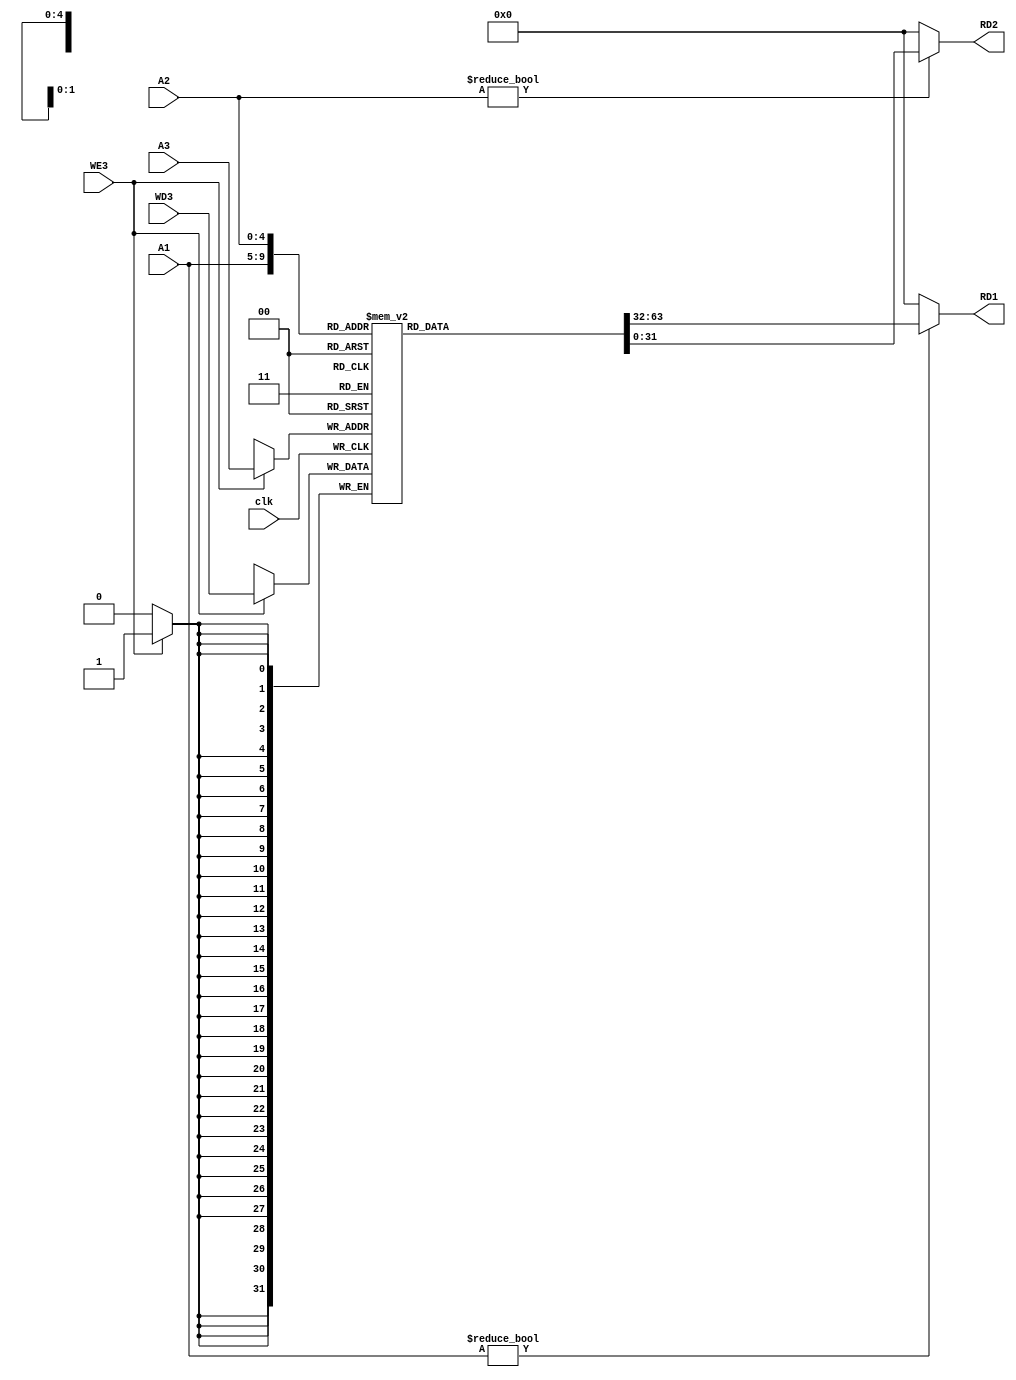
module RegisterFile (clk, A1, A2, A3, RD1, RD2, WE3, WD3); 
input clk; 
input [4:0] A1, A2, A3; 
output[31:0] RD1, RD2; 
input WE3; 
input [31:0] WD3; 

reg [31:0] registerfile[31:0]; //First is wordlength, Second is number of registers
integer i; 

initial
begin
 registerfile[0] <= 0; 
end
 

always@(posedge clk)
begin
if (WE3) 
registerfile[A3] <= WD3;
end

assign RD1= (A1!=0)? registerfile[A1]:0; 
assign RD2= (A2!=0)? registerfile[A2]:0;  

endmodule